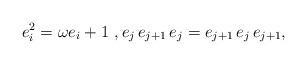
LaTeX: \begin{align*} e_i^2 = \omega e_i +1\ , e_j \,e_{j+1}\, e_j = e_{j+1}\, e_j\, e_{j+1},\end{align*}